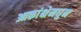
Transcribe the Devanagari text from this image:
आकांक्षेमधुन